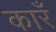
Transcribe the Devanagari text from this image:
कारँ